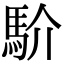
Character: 𩡺